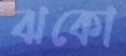
ঝকো